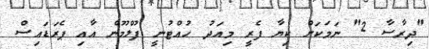
"ދިރާސާ 2" ނަމަކަށް ކިޔާ ފެރީ މިއަދު ހުއްޓުނީ ފުލްމޫން އާއި ޕެރަޑައިސް